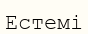
Естемі